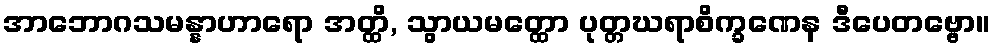
အာဘောဂသမန္နာဟာရော အတ္ထိ, သွာယမတ္ထော ပုတ္တဃရာစိက္ခဏေန ဒီပေတဗ္ဗော။